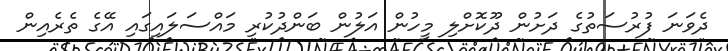
ދެވަނަ ފުރުސަތުގެ ދަށުން ދޫކޮށްލި މީހުން އަލުން ބަންދުކުރި މައްސަލައިގައި އޭގެ ތެރެއިން